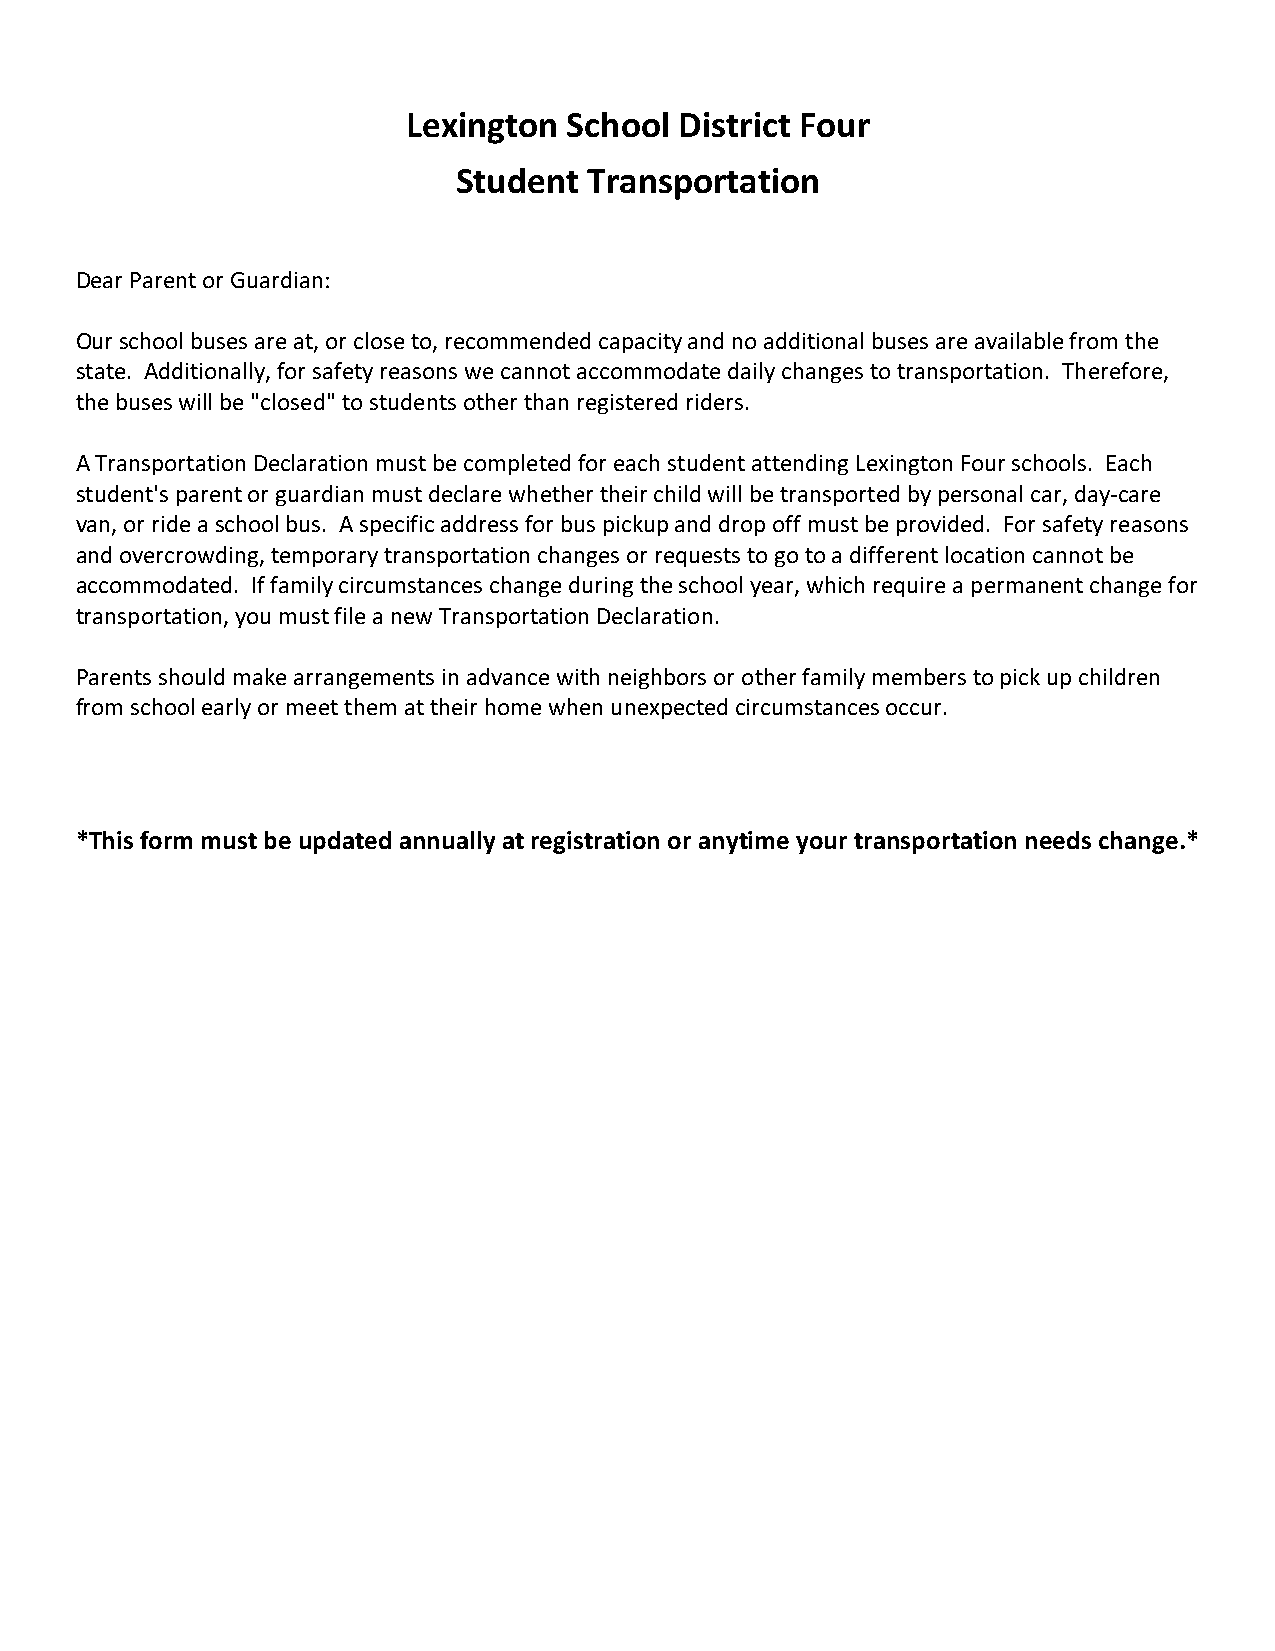
Lexington  School District Four
 Student  Transportation
 Dear Parent or Guardian:
 Our school buses are at, or close to, recommended capacity and no additional buses are available from the
 state. Additionally, for safety reasons we cannot accommodate daily changes to transportation. Therefore,
 the buses will be "closed" to students other than registered riders.
 A Transportation Declaration must be completed for each student attending Lexington Four schools. Each
 student's parent or guardian must declare whether their child will be transported by personal car, day-care
 van, or ride a school bus. A specific address for bus pickup and drop off must be provided. For safety reasons
 and overcrowding, temporary transportation changes or requests to go to a different location cannot be
 accommodated. If family circumstances change during the school year, which require a permanent change for
 transportation, you must file a new Transportation Declaration.
 Parents should make arrangements in advance with neighbors or other family members to pick up children
 from school early or meet them at their home when unexpected circumstances occur.
 *This form must be updated annually at registration or anytime your transportation needs change.*